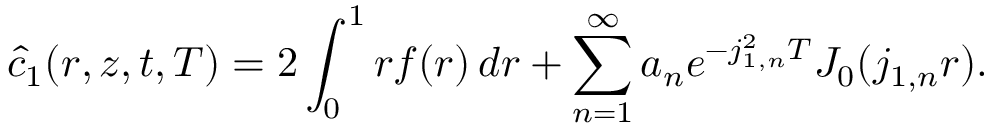
\hat { c } _ { 1 } ( r , z , t , T ) = 2 \int _ { 0 } ^ { 1 } r f ( r ) \, d r + \sum _ { n = 1 } ^ { \infty } a _ { n } e ^ { - j _ { 1 , n } ^ { 2 } T } J _ { 0 } ( j _ { 1 , n } r ) .